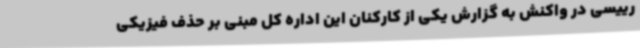
رییسی در واکنش به گزارش یکی از کارکنان این اداره کل مبنی بر حذف فیزیکی